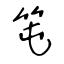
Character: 𥫱